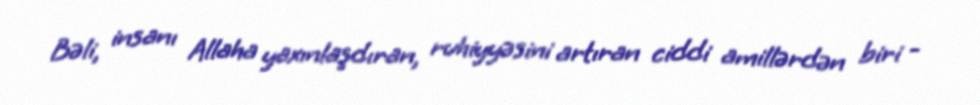
Bəli, insanı Allaha yaxınlaşdıran, ruhiyyəsini artıran ciddi amillərdən biri -